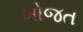
ખોજત